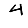
Digit: 4